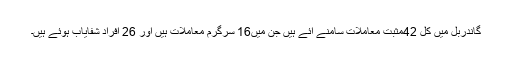
گاندربل میں کل 42مثبت معاملات سامنے آئے ہیں جن میں16 سرگرم معاملات ہیں اور 26 اَفراد شفایاب ہوئے ہیں۔